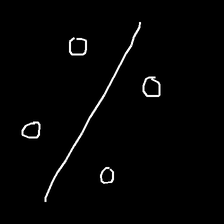
Glyph: cool